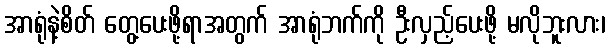
အာရုံနဲ့စိတ် တွေ့ပေးဖို့ရာအတွက် အာရုံဘက်ကို ဦးလှည့်ပေးဖို့ မလိုဘူးလား၊